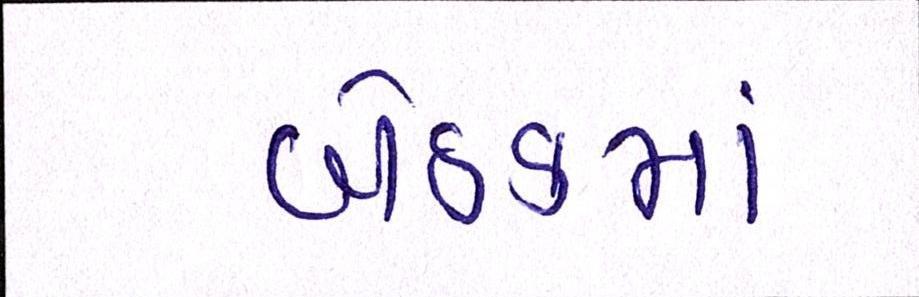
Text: બેઠકમાં